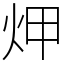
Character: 炠